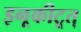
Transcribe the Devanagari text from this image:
इनूकीटूत्